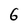
Character: 6